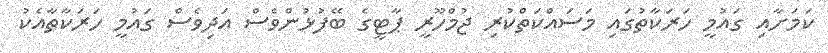
ކަމަށާއި ގައުމީ ހަރަކާތުގައި މަސައްކަތްކުރި ޖުމްހޫރީ ޕާޓީގެ ބޭފުޅުންވެސް އަދިވެސް ގައުމީ ހަރަކާތާއެކު